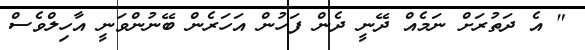
" އެ ދަތުރަށް ނަމެއް ދޭނީ ދެން ފަހުން އަހަރެން ބޭނުންވަނީ އާހިލްވެސް